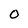
Character: O